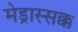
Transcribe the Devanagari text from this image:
मेड्रास्सक्क